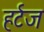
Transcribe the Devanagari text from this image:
हर्टज